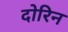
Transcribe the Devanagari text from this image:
दोरिन